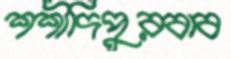
শশীদিপুরবাব